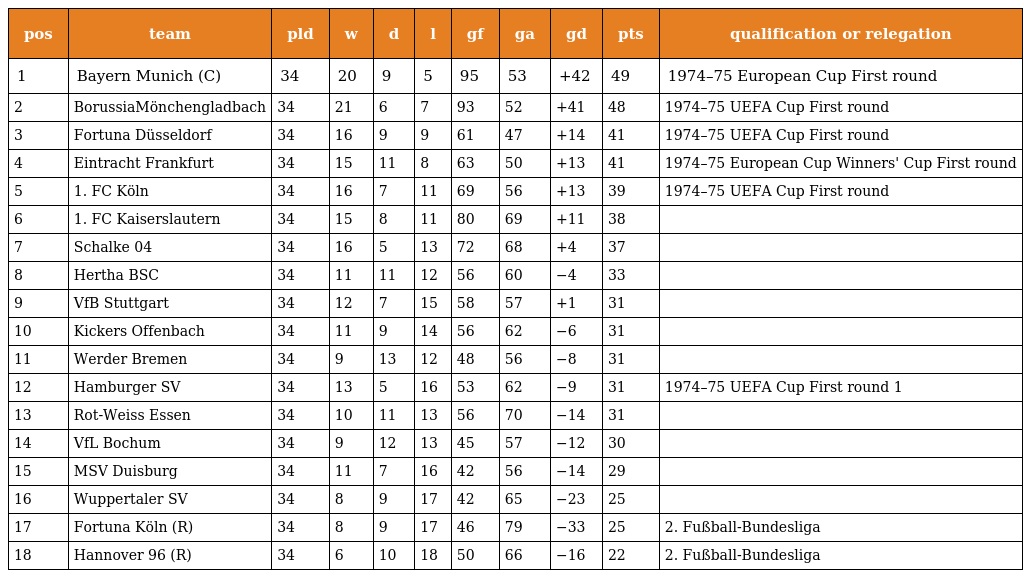
| pos | team | pld | w | d | l | gf | ga | gd | pts | qualification or relegation |
 | --- | --- | --- | --- | --- | --- | --- | --- | --- | --- | --- |
 | 1 | Bayern Munich (C) | 34 | 20 | 9 | 5 | 95 | 53 | +42 | 49 | 1974–75 European Cup First round |
 | 2 | BorussiaMönchengladbach | 34 | 21 | 6 | 7 | 93 | 52 | +41 | 48 | 1974–75 UEFA Cup First round |
 | 3 | Fortuna Düsseldorf | 34 | 16 | 9 | 9 | 61 | 47 | +14 | 41 | 1974–75 UEFA Cup First round |
 | 4 | Eintracht Frankfurt | 34 | 15 | 11 | 8 | 63 | 50 | +13 | 41 | 1974–75 European Cup Winners' Cup First round |
 | 5 | 1. FC Köln | 34 | 16 | 7 | 11 | 69 | 56 | +13 | 39 | 1974–75 UEFA Cup First round |
 | 6 | 1. FC Kaiserslautern | 34 | 15 | 8 | 11 | 80 | 69 | +11 | 38 |  |
 | 7 | Schalke 04 | 34 | 16 | 5 | 13 | 72 | 68 | +4 | 37 |  |
 | 8 | Hertha BSC | 34 | 11 | 11 | 12 | 56 | 60 | −4 | 33 |  |
 | 9 | VfB Stuttgart | 34 | 12 | 7 | 15 | 58 | 57 | +1 | 31 |  |
 | 10 | Kickers Offenbach | 34 | 11 | 9 | 14 | 56 | 62 | −6 | 31 |  |
 | 11 | Werder Bremen | 34 | 9 | 13 | 12 | 48 | 56 | −8 | 31 |  |
 | 12 | Hamburger SV | 34 | 13 | 5 | 16 | 53 | 62 | −9 | 31 | 1974–75 UEFA Cup First round 1 |
 | 13 | Rot-Weiss Essen | 34 | 10 | 11 | 13 | 56 | 70 | −14 | 31 |  |
 | 14 | VfL Bochum | 34 | 9 | 12 | 13 | 45 | 57 | −12 | 30 |  |
 | 15 | MSV Duisburg | 34 | 11 | 7 | 16 | 42 | 56 | −14 | 29 |  |
 | 16 | Wuppertaler SV | 34 | 8 | 9 | 17 | 42 | 65 | −23 | 25 |  |
 | 17 | Fortuna Köln (R) | 34 | 8 | 9 | 17 | 46 | 79 | −33 | 25 | 2. Fußball-Bundesliga |
 | 18 | Hannover 96 (R) | 34 | 6 | 10 | 18 | 50 | 66 | −16 | 22 | 2. Fußball-Bundesliga |